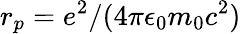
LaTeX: r_{p}=e^{2}/(4\pi\epsilon_{0}m_{0}c^{2})